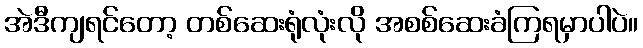
အဲဒီကျရင်တော့ တစ်ဆေးရုံလုံးလို အစစ်ဆေးခံကြရမှာပါပဲ။